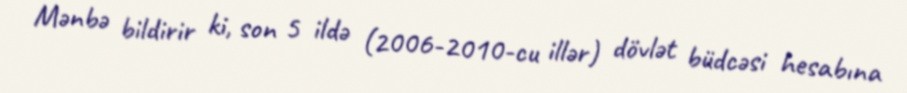
Mənbə bildirir ki, son 5 ildə (2006-2010-cu illər) dövlət büdcəsi hesabına